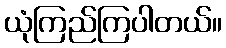
ယုံကြည်ကြပါတယ်။